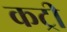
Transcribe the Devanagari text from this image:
कट्री